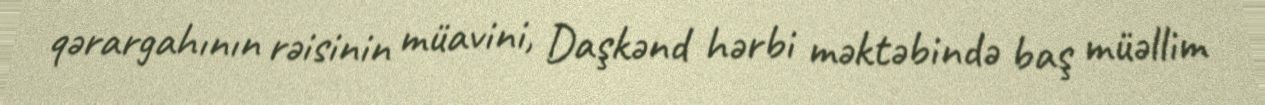
qərargahının rəisinin müavini, Daşkənd hərbi məktəbində baş müəllim